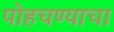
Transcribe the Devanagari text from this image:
पोहचण्याचा